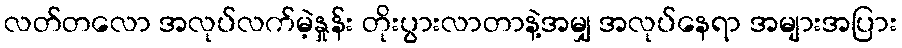
လတ်တလော အလုပ်လက်မဲ့နှုန်း တိုးပွားလာတာနဲ့အမျှ အလုပ်နေရာ အများအပြား